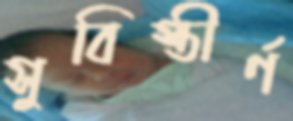
সুবিস্তীর্ণ